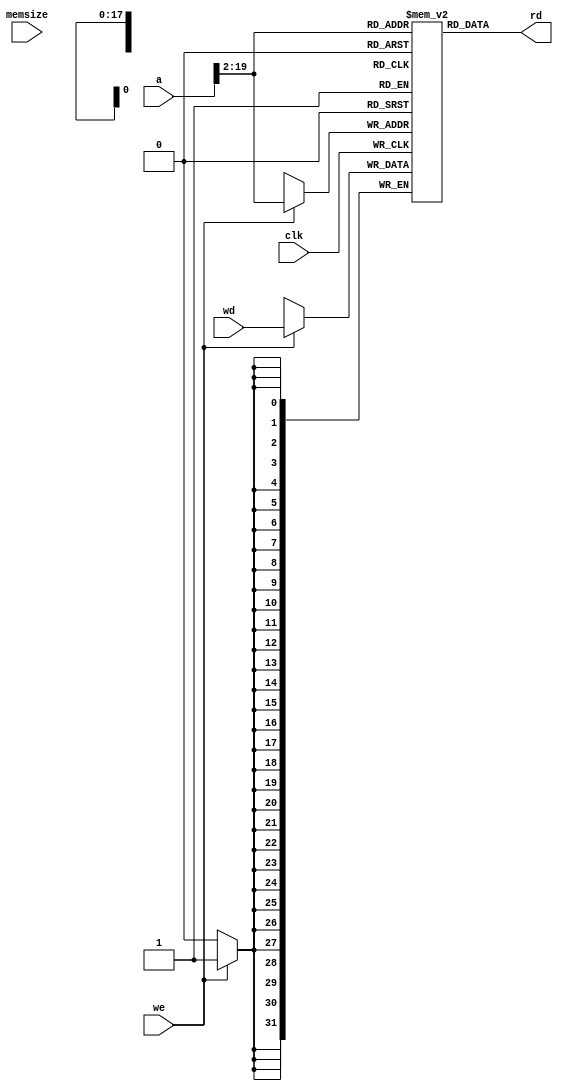
module dmem #(parameter DMEM_POWER = 18)
    (input clk, we,
     input [2:0] memsize,
     input [31:0] a, wd,
     output [31:0] rd
    );
    reg [31:0] RAM[((1 << DMEM_POWER) - 1):0];
    assign rd = RAM[a[(DMEM_POWER + 1):2]]; // word aligned
    always @ (posedge clk)
        if (we)
            RAM[a[(DMEM_POWER + 1):2]] <= wd;

    wire _unused_ok = &{1'b0,
                        a,
                        memsize,
                        1'b0};
endmodule